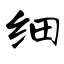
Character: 细